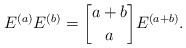
\begin{align*}E^{(a)}E^{(b)}={a+b \brack a} E^{(a+b)}.\end{align*}